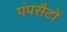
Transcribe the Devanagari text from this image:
पंपसैटों